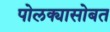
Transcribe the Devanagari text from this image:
पोलक्यासोबत